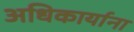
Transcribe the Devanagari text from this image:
अधिकार्याना